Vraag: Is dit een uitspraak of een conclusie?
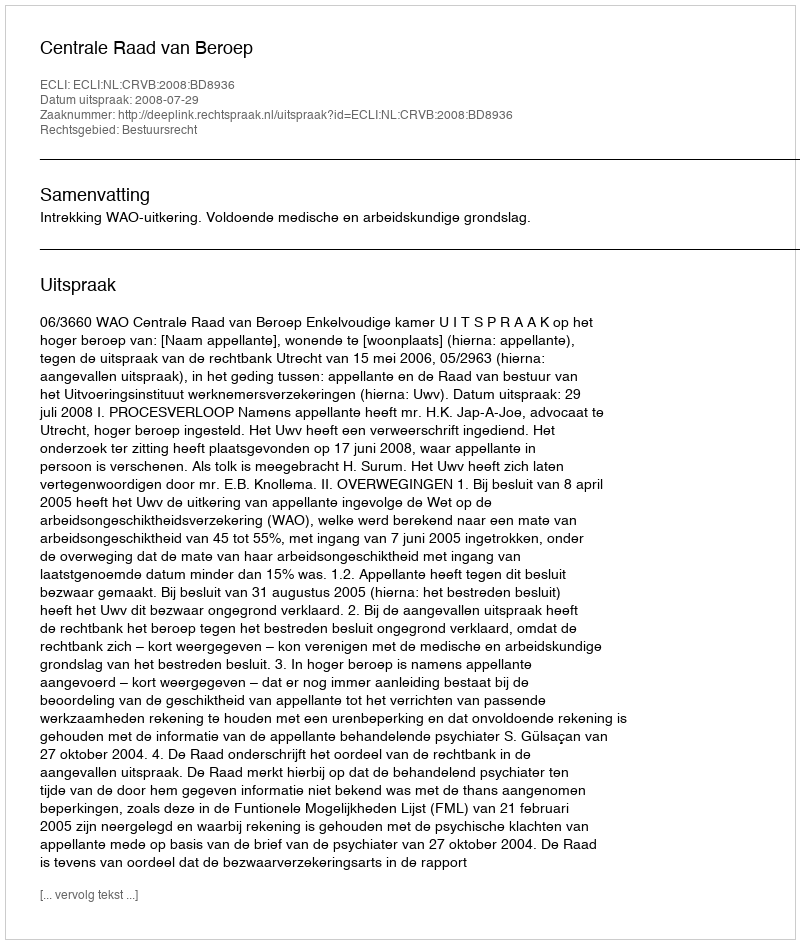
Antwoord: Uitspraak